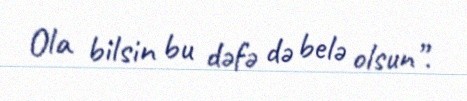
Ola bilsin bu dəfə də belə olsun”.